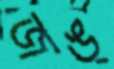
জঙ্